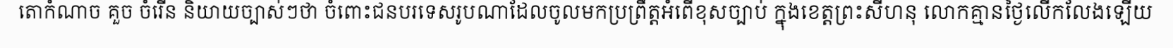
តោកំណាច គួច ចំរើន និយាយច្បាស់ៗថា ចំពោះជនបរទេសរូបណាដែលចូលមកប្រព្រឹត្តអំពើខុសច្បាប់ ក្នុងខេត្តព្រះសីហនុ លោកគ្មានថ្ងៃលើកលែងឡើយ